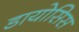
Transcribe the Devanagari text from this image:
डायोसिस